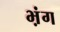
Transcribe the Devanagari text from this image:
भ़ंग